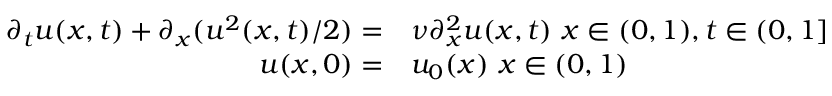
\begin{array} { r l } { \partial _ { t } u ( x , t ) + \partial _ { x } ( u ^ { 2 } ( x , t ) / 2 ) = } & { { } \nu \partial _ { x } ^ { 2 } u ( x , t ) ~ x \in ( 0 , 1 ) , t \in ( 0 , 1 ] } \\ { u ( x , 0 ) = } & { { } u _ { 0 } ( x ) ~ x \in ( 0 , 1 ) } \end{array}